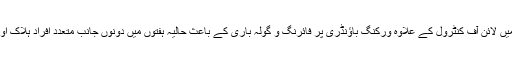
واضح رہے کہ کشمیر میں لائن آف کنٹرول کے علاوہ ورکنگ باؤنڈری پر فائرنگ و گولہ باری کے باعث حالیہ ہفتوں میں دونوں جانب متعدد افراد ہلاک اور درجنوں زخمی ہوئے۔